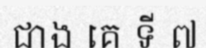
ជាង គេ ទី ៧